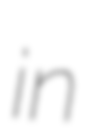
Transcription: in